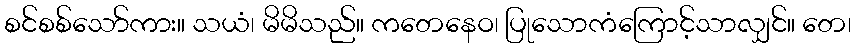
စင်စစ်သော်ကား။ သယံ၊ မိမိသည်။ ကတေနေဝ၊ ပြုသောကံကြောင့်သာလျှင်။ တေ၊